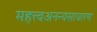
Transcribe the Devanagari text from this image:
महत्त्वअनन्यसाधारण